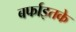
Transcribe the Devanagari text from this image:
बर्फाइतके